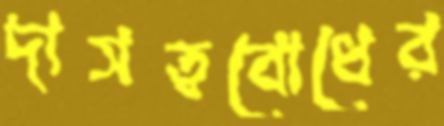
দাসত্ববোধের